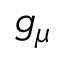
g _ { \mu }